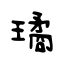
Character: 璚